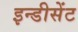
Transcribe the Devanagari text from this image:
इन्डीसेंट